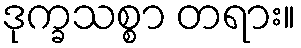
ဒုက္ခသစ္စာ တရား။